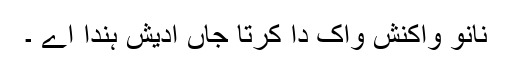
نانوَ واکنش واک دا کرتا جاں ادیش ہندا اے ۔